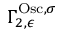
\Gamma _ { 2 , \epsilon } ^ { \mathrm { O s c } , \sigma }